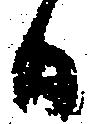
日